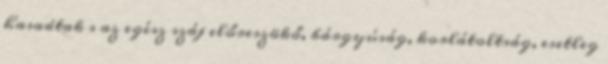
hasadtak s az egész száj előreszökő, bárgyúság, korlátoltság, esetleg